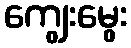
ကျွေးမွေး